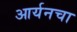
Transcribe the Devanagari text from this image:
आर्यनचा